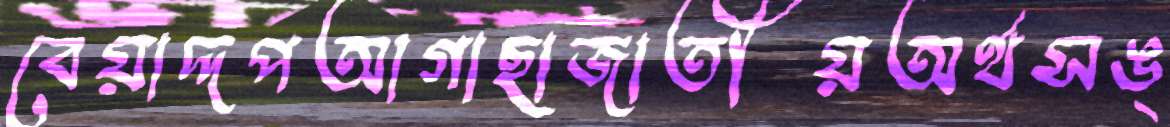
বেয়াদ্দপআগাছাজাতীয়অর্থসঙ্